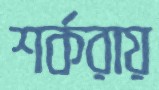
শর্করায়